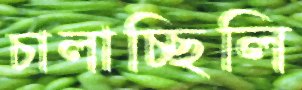
চালাচ্ছিলি